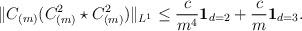
LaTeX: \begin{align*}\|C_{(m)}(C_{(m)}^2\star C_{(m)}^2)\|_{L^1}\leq \frac{c}{m^4}{\bf 1}_{d=2} + \frac{c}{m}{\bf 1}_{d=3}.\end{align*}